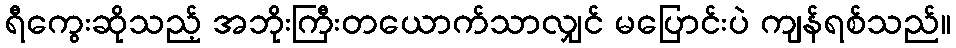
ရီကွေးဆိုသည့် အဘိုးကြီးတယောက်သာလျှင် မပြောင်းပဲ ကျန်ရစ်သည်။